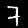
Label: 7